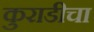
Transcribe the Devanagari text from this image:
कुराडीचा